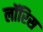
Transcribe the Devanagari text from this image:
लॉरिस